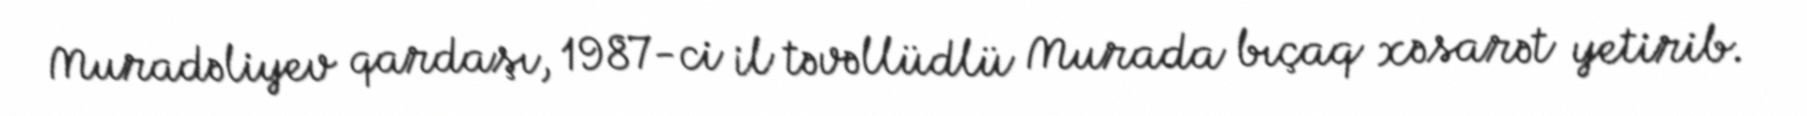
Muradəliyev qardaşı, 1987-ci il təvəllüdlü Murada bıçaq xəsarət yetirib.